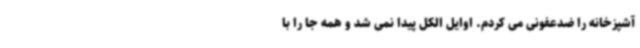
آشپزخانه را ضدعفونی می کردم. اوایل الکل پیدا نمی شد و همه جا را با